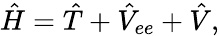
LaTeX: \hat{H}=\hat{T}+\hat{V}_{ee}+\hat{V},